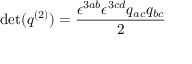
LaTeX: \operatorname* { d e t } ( q ^ { ( 2 ) } ) = { \frac { \epsilon ^ { 3 a b } \epsilon ^ { 3 c d } q _ { a c } q _ { b c } } { 2 } }